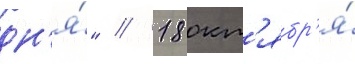
дн'я́" // 18 окт'ябр'я́